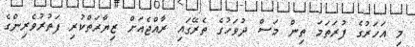
މި އަހަރުގެ ފުރަތަމަ ތިން މަސް ދުވަހުގެ ތެރޭގައި ރާއްޖެއަށް ޒިޔާރަތްކުރި ފަތުރުވެރިންގެ